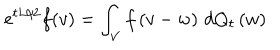
LaTeX: e ^ { t L / 2 } f ( v ) = \int _ { V } f \left( v - w \right) \, d Q _ { t } \left( w \right)